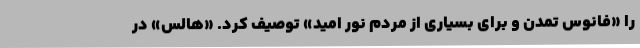
را «فانوس تمدن و برای بسیاری از مردم نور امید» توصیف کرد. «هالس» در